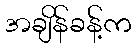
အချိန်ခန့်က